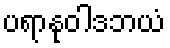
ပရာနုဝါဒဘယံ